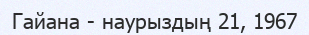
Гайана - наурыздың 21, 1967